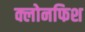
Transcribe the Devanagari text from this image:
क्लोनफिश